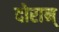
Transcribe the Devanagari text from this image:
दोरान्